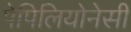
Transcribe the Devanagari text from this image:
पेपिलियोनेसी